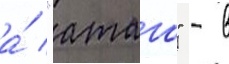
а́ "атаго" - в